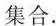
集合.